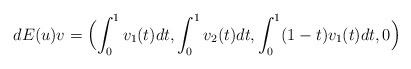
LaTeX: \begin{align*} \begin{aligned} dE(u)v=\Bigl(\int_0^1 v_1(t) dt, \int_0^1 v_2(t) dt,\int_0^1 (1-t )v_1(t) dt,0\Bigr)\end{aligned}\end{align*}